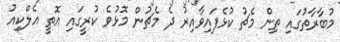
މުބާރާތުގައި ތިން މެޗު ކުޅެފައިވާއިރު ދެ މެޗުން މޮޅުވެ ކުރީގައި އޮތީ އެލްކިއު